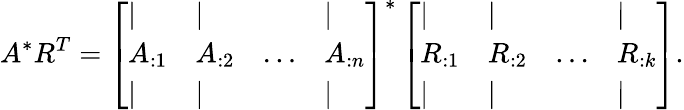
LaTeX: A^{*}R^{T}=\left[\begin{array}{llll}{\vert}&{\vert}&&{\vert}\\ {A_{:1}}&{A_{:2}}&{\dots}&{A_{:n}}\\ {\vert}&{\vert}&&{\vert}\end{array}\right]^{*}\left[\begin{array}{llll}{\vert}&{\vert}&&{\vert}\\ {R_{:1}}&{R_{:2}}&{\dots}&{R_{:k}}\\ {\vert}&{\vert}&&{\vert}\end{array}\right].